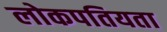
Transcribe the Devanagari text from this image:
लोकपतियता